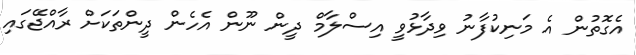
އެގޮތުން އެ މަނިކުފާނު ވިދާޅުވީ އިސްލާމް ދީން ނޫން އެހެން ދީންތަކަށް ރާއްޖޭގައި